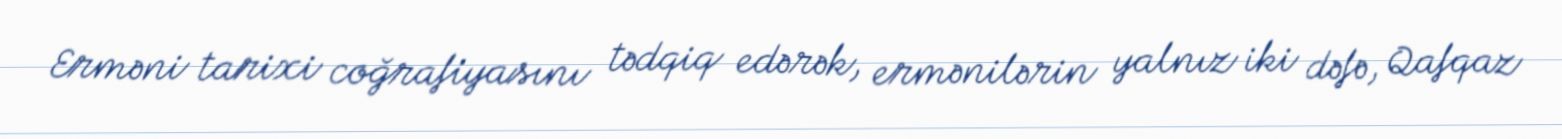
Erməni tarixi coğrafiyasını tədqiq edərək, ermənilərin yalnız iki dəfə, Qafqaz